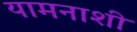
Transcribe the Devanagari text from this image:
यामनाशी